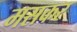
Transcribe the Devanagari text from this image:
मसकर